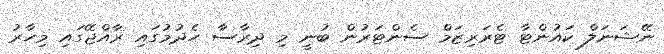
ނޭޝަނަލް ކައުންޓާ ޓެރަރިޒަމް ސެންޓަރުން ބުނީ މި ދިރާސާ ހެދުމުގައި ރާއްޖޭގައި މިހާރު